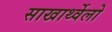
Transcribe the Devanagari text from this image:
साखार्थ्वेलो